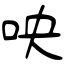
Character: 咉